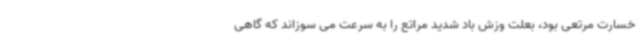
خسارت مرتعی بود، بعلت وزش باد شدید مراتع را به سرعت می سوزاند که گاهی